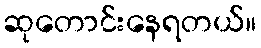
ဆုတောင်းနေရတယ်။